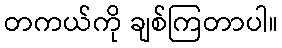
တကယ်ကို ချစ်ကြတာပါ။